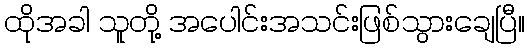
ထိုအခါ သူတို့ အပေါင်းအသင်းဖြစ်သွားချေပြီ။